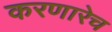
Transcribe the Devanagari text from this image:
करणारेच